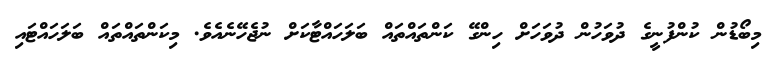
މިބޯޑުން ކުންފުނީގެ ދުވަހުން ދުވަހަށް ހިންގޭ ކަންތައްތައް ބަލަހައްޓާކަށް ނުޖެހޭނެއެވެ. މިކަންތައްތައް ބަލަހައްޓައި